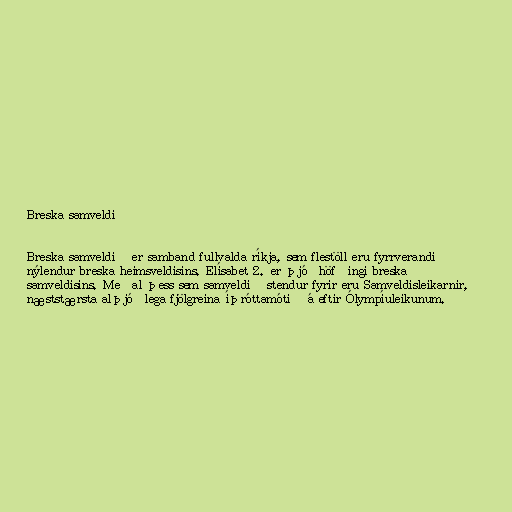
Breska samveldið

Breska samveldið er samband fullvalda ríkja, sem flestöll eru fyrrverandi
nýlendur breska heimsveldisins. Elísabet 2. er þjóðhöfðingi breska
samveldisins. Meðal þess sem samveldið stendur fyrir eru Samveldisleikarnir,
næststærsta alþjóðlega fjölgreina íþróttamótið á eftir Ólympíuleikunum.